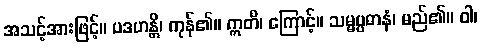
အသင့်အားဖြင့်။ ပဒဟန္တိ၊ ကုန်၏။ ဣတိ၊ ကြောင့်။ သမ္မပ္ပဓာနံ၊ မည်၏။ ဝါ၊